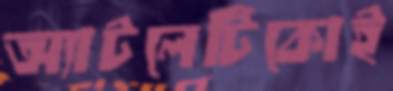
অ্যাটলেটিকোই